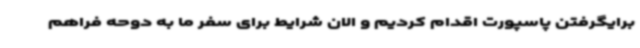
برایگرفتن پاسپورت اقدام کردیم و الان شرایط برای سفر ما به دوحه فراهم